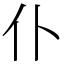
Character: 仆